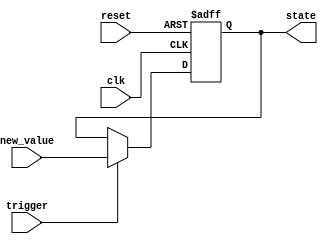
module hold_condition (
    input wire clk,          // Clock input
    input wire reset,        // Reset input
    input wire trigger,      // Trigger condition input
    input wire [7:0] new_value, // New value to update the state variable
    output reg [7:0] state   // Output representing the current state
);

    // Initial state
    initial begin
        state = 8'b0; // Initialize state variable to 0
    end

    // Always block sensitive to clock and reset
    always @(posedge clk or posedge reset) begin
        if (reset) begin
            // Reset condition: set state to initial value
            state <= 8'b0;
        end else if (trigger) begin
            // Trigger condition: update state with new value
            state <= new_value;
        end
        // If neither reset nor trigger, state remains the same (hold condition)
    end

endmodule